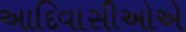
આદિવાસીઓએ